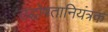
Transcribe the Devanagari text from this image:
उद्घोषतानियंत्रक